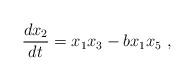
LaTeX: \begin{align*}\frac{d x_2}{d t} = x_1 x_3 - b x_1 x_5~, \end{align*}